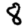
Digit: 8